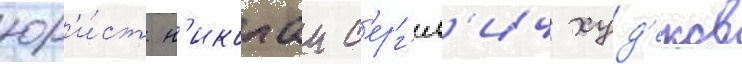
юр'и́ст н'иколаи с'ерг'еев'ич худ'еков